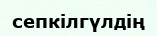
сепкілгүлдің